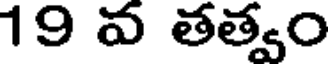
19 వ తత్వం